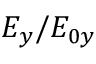
E _ { y } / E _ { 0 y }